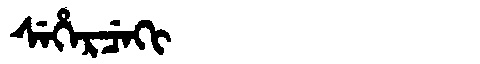
Manchu: ᠰᡝᡥᡝᡵᠴᡝᡴᡳ
Romanization: SEHERCEKI